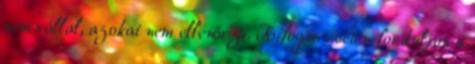
nem vállal, azokat nem ellenőrzi. Kifogás esetén forduljon a